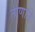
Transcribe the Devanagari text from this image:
ताणाने